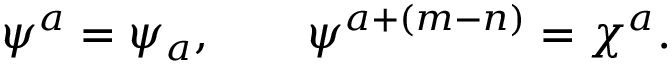
\psi ^ { a } = \psi _ { a } , \qquad \psi ^ { a + ( m - n ) } = \chi ^ { a } .